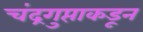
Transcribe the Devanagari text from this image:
चंद्रगुप्ताकडून